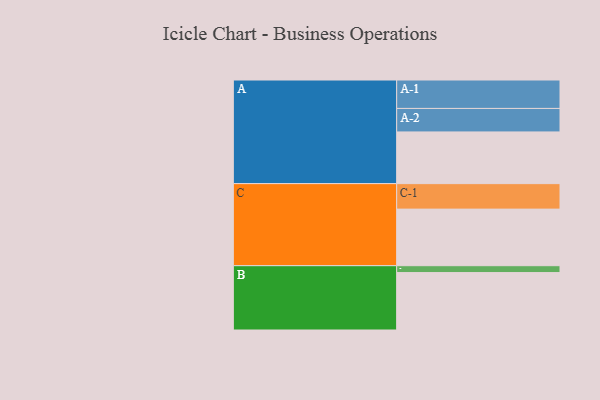
{"axis": {"x": "Segment", "y": "Value"}, "legend": ["", "A", "B", "C"], "data": [{"x": "A", "y": 489, "type": ""}, {"x": "B", "y": 543, "type": ""}, {"x": "C", "y": 535, "type": ""}, {"x": "A-1", "y": 269, "type": "A"}, {"x": "A-2", "y": 222, "type": "A"}, {"x": "B-1", "y": 65, "type": "B"}, {"x": "C-1", "y": 241, "type": "C"}]}